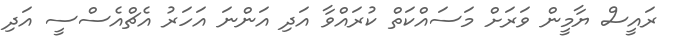
ރައީސް ޔާމީން ވަރަށް މަސައްކަތް ކުރައްވާ އަދި އަންނަ އަހަރު އެޗްއެސްސީ އަދި